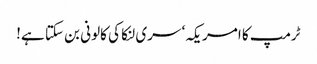
ٹرمپ کا امریکہ‘ سری لنکا کی کالونی بن سکتا ہے!